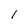
Character: l